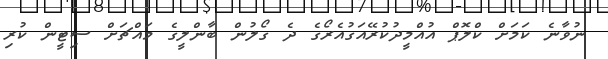
ނުވާނެ ކަމަށް ކްލޮޕް އުއްމީދުކުރޭއަގުއެރޯގެ ދެ ގޯލުން ބާންލީގެ މައްޗަށް ސިޓީން ކުރި